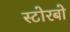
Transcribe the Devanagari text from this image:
स्टोरबो